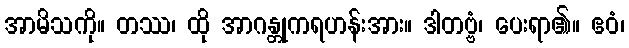
အာမိသကို။ တဿ၊ ထို အာဂန္တုကရဟန်းအား။ ဒါတဗ္ဗံ၊ ပေးရာ၏။ ဧဝံ၊